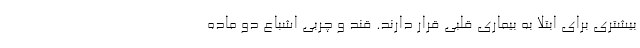
بیشتری برای ابتلا به بیماری قلبی قرار دارند. قند و چربی اشباع دو ماده